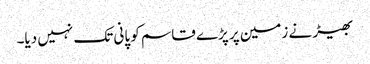
بھیڑ نے زمین پر پڑے قاسم کو پانی تک نہیں دیا۔